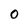
Character: 0